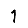
Digit: 1